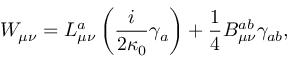
W _ { \mu \nu } = L _ { \mu \nu } ^ { a } \left( \frac { i } { 2 \kappa _ { 0 } } \gamma _ { a } \right) + \frac { 1 } { 4 } B _ { \mu \nu } ^ { a b } \gamma _ { a b } ,